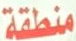
منطقة